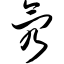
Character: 氖